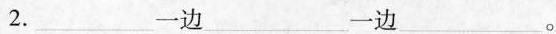
2.___一边___一边___。